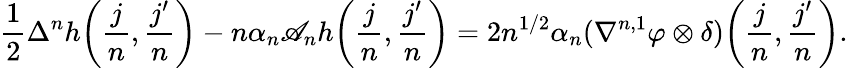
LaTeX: \frac{1}{2}\Delta^{n}h\bigg(\frac{j}{n},\frac{j^{\prime}}{n}\bigg)-n\alpha_{n}\mathscr{A}_{n}h\bigg(\frac{j}{n},\frac{j^{\prime}}{n}\bigg)=2n^{1/2}\alpha_{n}(\nabla^{n,1}\varphi\otimes\delta)\bigg(\frac{j}{n},\frac{j^{\prime}}{n}\bigg).